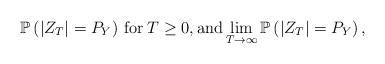
LaTeX: \begin{align*}\mathbb{P}\left(\left|Z_T \right|=P_Y\right) \: \mbox{for} \: T \geq 0, \mbox{and} \lim_{T \to \infty} \mathbb{P}\left(\left|Z_T \right|=P_Y\right),\end{align*}